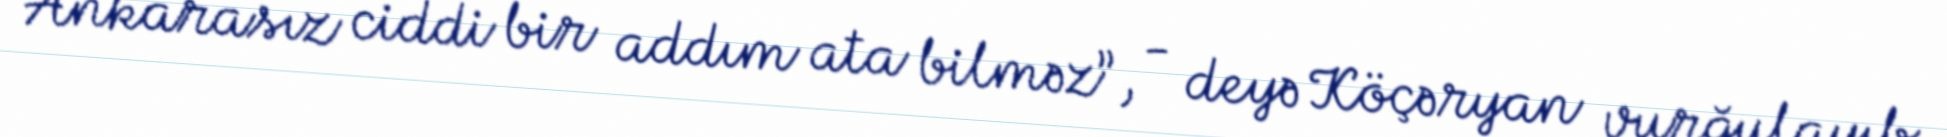
Ankarasız ciddi bir addım ata bilməz”, - deyə Köçəryan vurğulayıb.